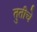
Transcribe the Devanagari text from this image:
तुतीचे